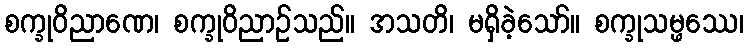
စက္ခုဝိညာဏေ၊ စက္ခုဝိညာဉ်သည်။ အသတိ၊ မရှိခဲ့သော်။ စက္ခုသမ္ဖဿေ၊